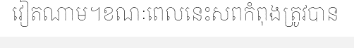
វៀតណាម។ខណៈពេលនេះសពកំពុងត្រូវបាន